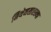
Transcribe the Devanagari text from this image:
मिथेनसारख्या